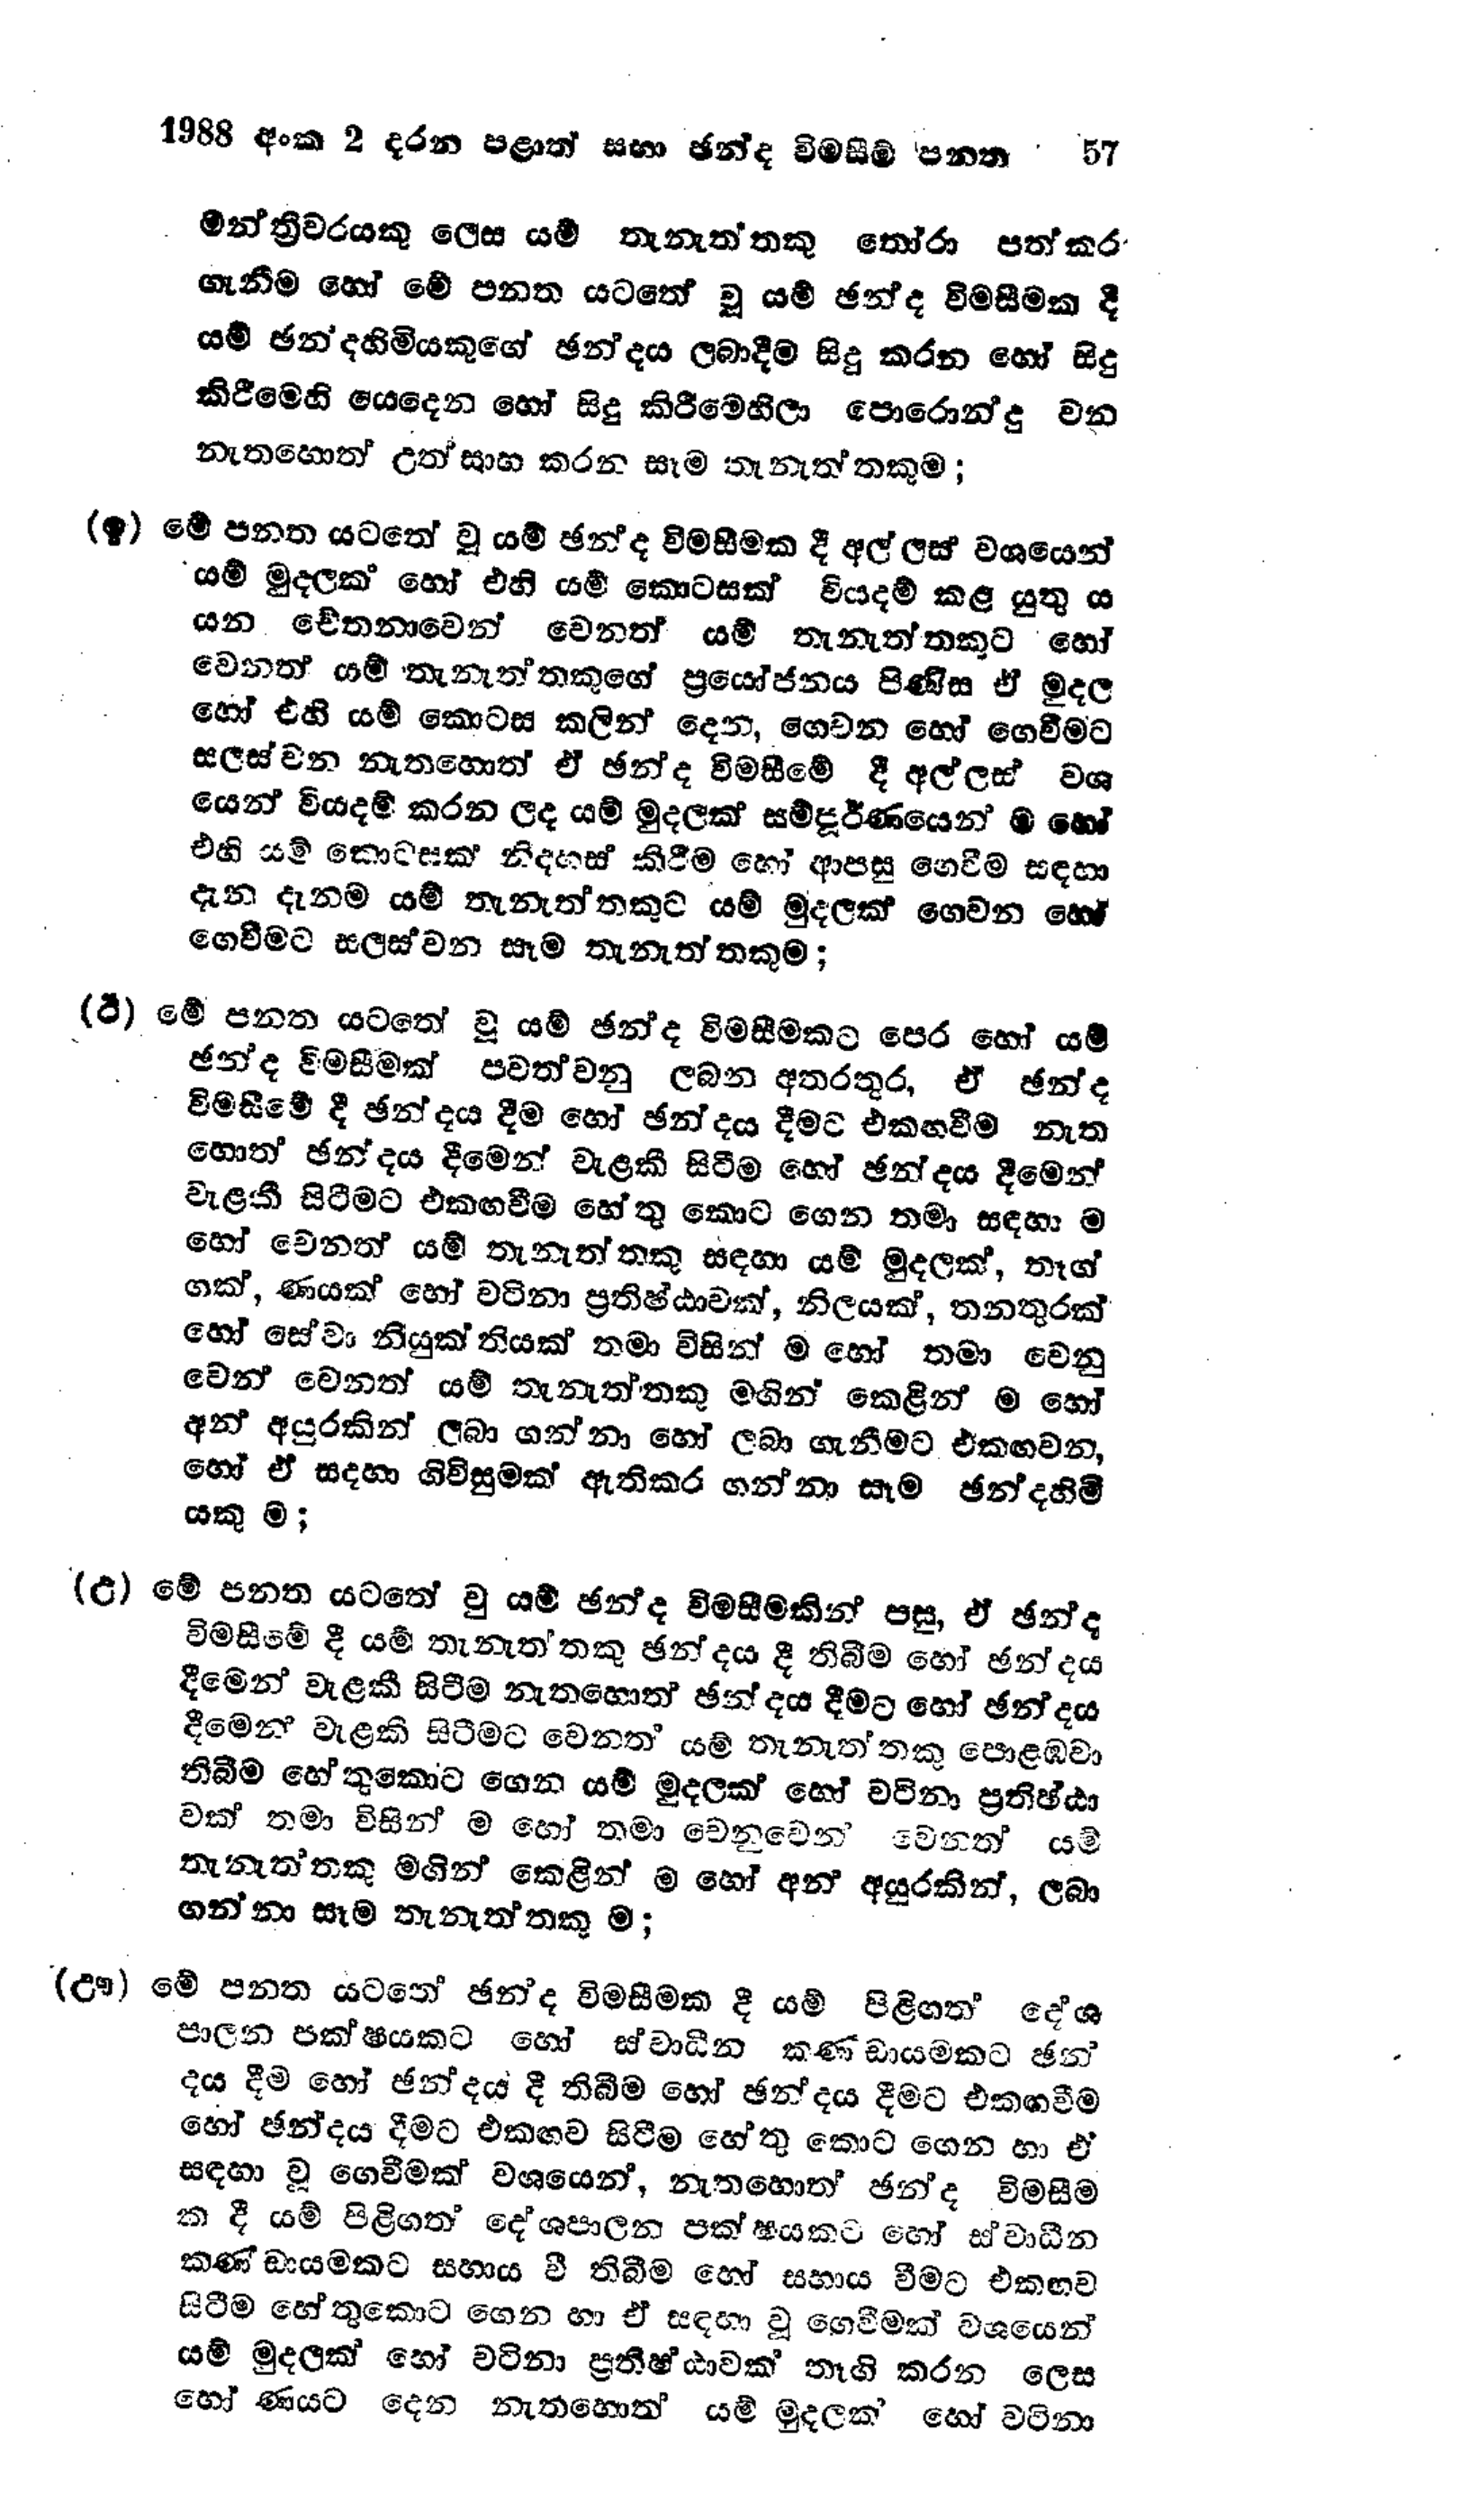
1988 අංක 2 දරන පළාත් සභා ඡන්ද විමසීම් පනත 57

මන්ත්‍රීවරයකු ලෙස යම් තැනැත්තකු තෝරා පත්කර
ගැනීම හෝ මේ පනත යටතේ වූ යම් ඡන්ද විමසීමක දී
යම් ඡන්දහිමියකුගේ ඡන්දය ලබාදීම සිදු කරන හෝ සිදු
කිරීමෙහි යෙදෙන හෝ සිදු කිරීමෙහිලා පොරොන්දු වන
නැතහොත් උත්සාහ කරන සෑම තැනැත්තකුම;

(ඉ) මේ පනත යටතේ වූ යම් ඡන්ද විමසීමක දී අල්ලස් වශයෙන්
යම් මුදලක් හෝ එහි යම් කොටසක් වියදම් කළ යුතු ය
යන චේතනාවෙන් වෙනත් යම් තැනැත්තකුට හෝ
වෙනත් යම් තැනැත්තකුගේ ප්‍රයෝජනය පිණිස ඒ මුදල
හෝ එහි යම් කොටස කලින් දෙන, ගෙවන හෝ ගෙවීමට
සලස්වන නැතහොත් ඒ ඡන්ද විමසීමේ දී අල්ලස් වශ
යෙන් වියදම් කරන ලද යම් මුදලක් සම්පූර්ණයෙන්ම හෝ
එහි යම් කොටසක් නිදහස් කිරීම හෝ ආපසු ගෙවීම සඳහා
දැන දැනම යම් තැනැත්තකුට යම් මුදලක් ගෙවන හෝ
ගෙවීමට සලස්වන සෑම තැනැත්තකුම;

(ඊ) මේ පනත යටතේ වූ යම් ඡන්ද විමසීමකට පෙර හෝ යම්
ඡන්ද විමසීමක් පවත්වනු ලබන අතරතුර, ඒ ඡන්ද
විමසීමේ දී ඡන්දය දීම හෝ ඡන්දය දීමට එකඟ වීම නැත
හොත් ඡන්දය දීමෙන් වැළකී සිටීම හෝ ඡන්දය දීමෙන්
වැළකී සිටීමට එකඟවීම හේතු කොට ගෙන තමා සඳහා ම
හෝ වෙනත් යම් තැනැත්තකු සඳහා යම් මුදලක්, තෑග්
ගක්, ණයක් හෝ වටිනා ප්‍රතිෂ්ඨාවක්,නිලයක්, තනතුරක්
හෝ සේවා නියුක්තියක් තමා විසින්ම හෝ තමා වෙනු
වෙන් වෙනත් යම් තැනැත්තකු මගින් කෙළින් ම හෝ
අන් අයුරකින් ලබා ගන්නා හෝ ලබා ගැනීමට එකඟවන,
හෝ ඒ සදහා ගිවිසුමක් ඇති කර ගන්නා සෑම ඡන්දහිමි
යකු ම;

(උ) මේ පනත යටතේ වු යම් ඡන්ද විමසීමකින් පසු, ඒ ඡන්ද
විමසීමේ දී යම් තැනැත්තකු ඡන්දය දී තිබීම හෝ ඡන්දය
දීමෙන් වැළකී සිටීම නැතහොත් ඡන්දය දීමට හෝ ඡන්දය
දීමෙන් වැළකි සිටීමට වෙනත් යම් තැනැත්තකු පොළඹවා
තිබීම හේතුකොට ගෙන යම් මුදලක් හෝ වටිනා ප්‍රතිෂ්ඨා
වක් තමා විසින්ම හෝ තමා වෙනුවෙන් වෙනත් යම්
තැනැත්තකු මගින් කෙළින් ම හෝ අන් අයුරකින්, ලබා
ගන්නා සෑම තැනැත්තකු ම;

(ඌ) මේ පනත යටතේ ඡන්ද විමසීමක දී යම් පිළිගත් දේශ
පාලන පක්ෂයකට හෝ ස්වාධීන කණ්ඩායමකට ඡන්
දය දීම හෝ ඡන්දය දී තිබීම හෝ ඡන්දය දීමට එකඟවීම
හෝ ඡන්දය දීමට එකඟව සිටීම හේතු කොට ගෙන හා ඒ
සඳහා වූ ගෙවීමක් වශයෙන්, නැතහොත් ඡන්ද විමසීම
ක දී යම් පිළිගත් දේශපාලන පක්ෂයකට හෝ ස්වාධීන
කණ්ඩායමකට සහාය වී තිබීම හෝ සහාය වීමට එකඟව
සිටීම හේතුකොට ගෙන හා ඒ සඳහා වූ ගෙවීමක් වශයෙන්
යම් මුදලක් හෝ වටිනා ප්‍රතිෂ්ඨාවක් තෑගි කරන ලෙස
හෝ ණයට දෙන නැතහොත් යම් මුදලක් හෝ වටිනා